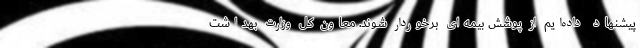
پیشنهاد داده‌ایم از پوشش بیمه‌ای برخوردار شوند. معاون کل وزارت بهداشت